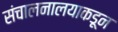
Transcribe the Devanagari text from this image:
संचालनालयाकडून